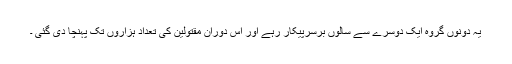
یہ دونوں گروہ ایک دوسرے سے سالوں برسرپیکار رہے اور اس دوران مقتولین کی تعداد ہزاروں تک پہنچا دی گئی ۔